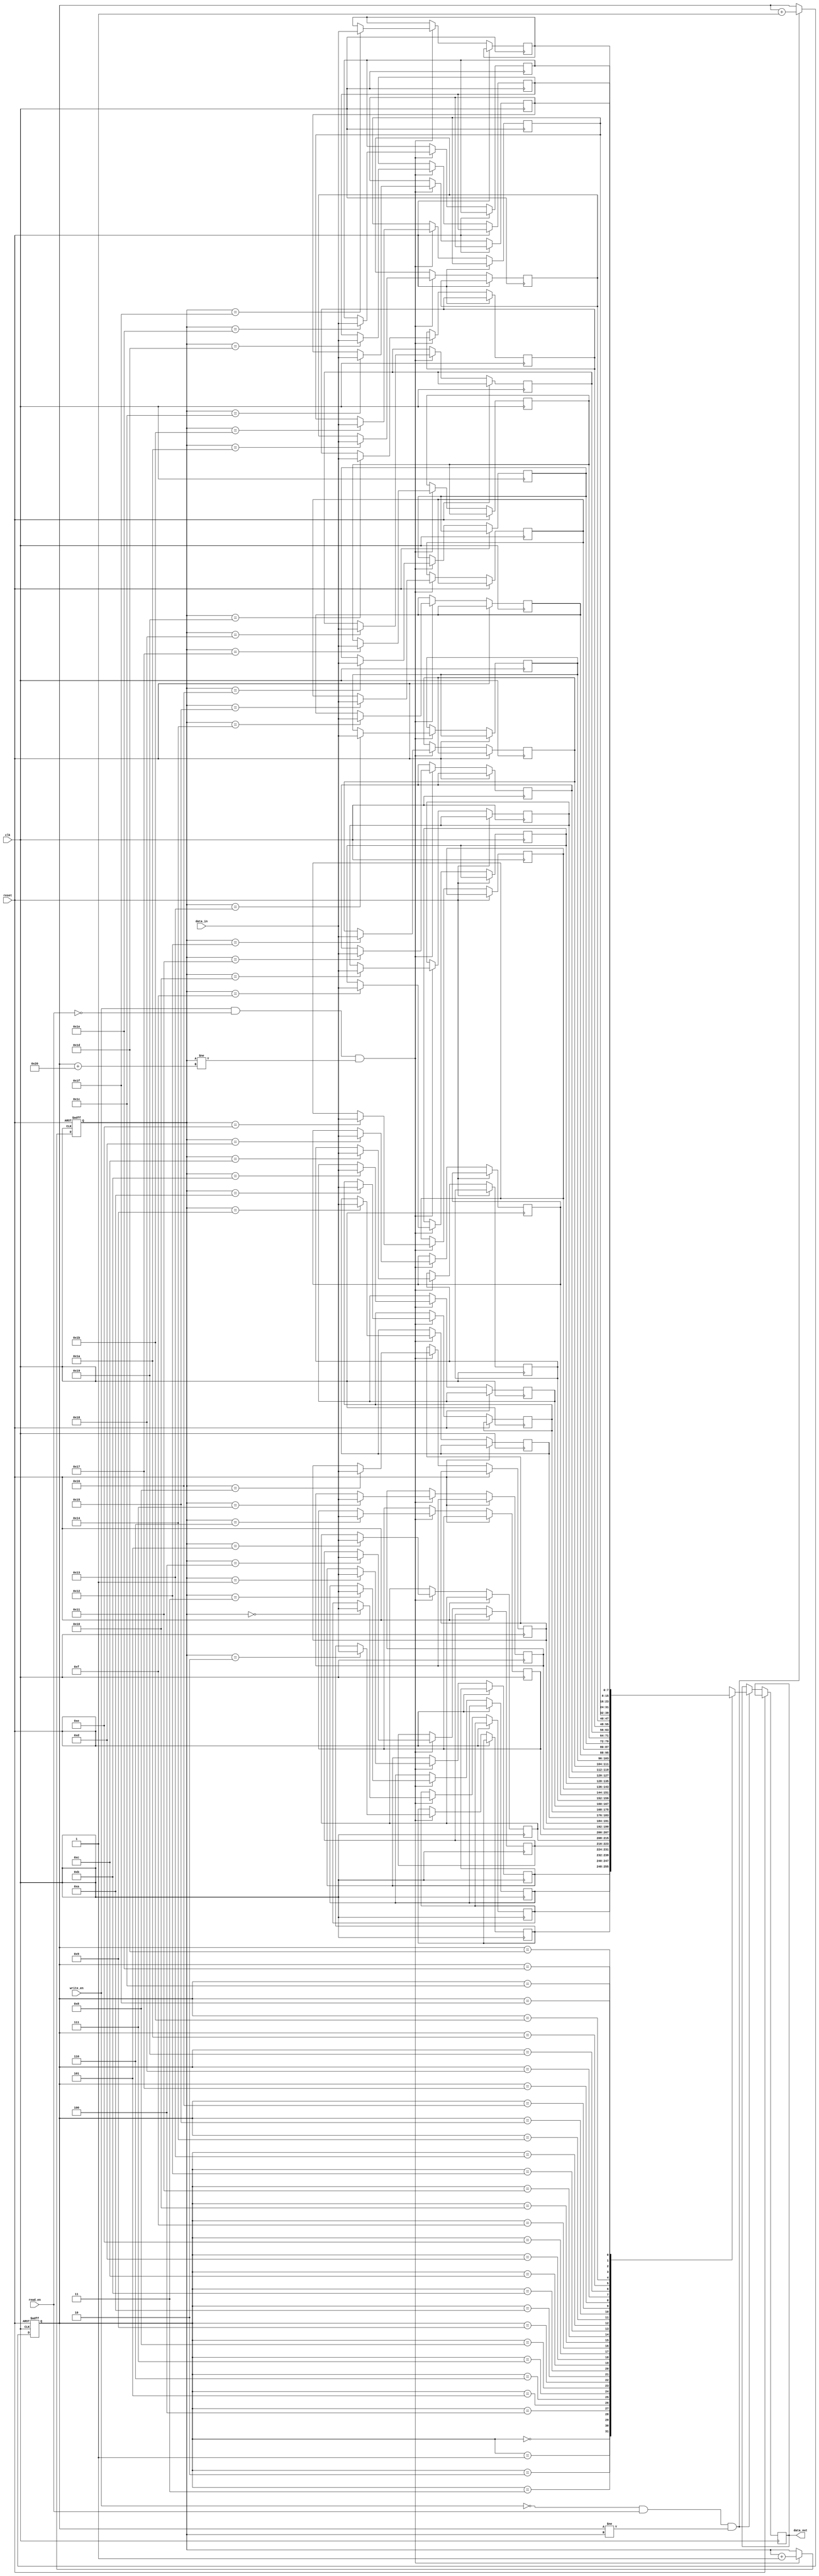
module fifo_buffer
(
    input wire clk,
    input wire reset,
    input wire write_en,      // write enable
    input wire read_en,       // read enable
    input wire [DATA_WIDTH-1:0] data_in,    // input data
    output reg [DATA_WIDTH-1:0] data_out    // output data
);

parameter ADDR_WIDTH = 5;    // address width
parameter DATA_WIDTH = 8;    // data width
parameter DEPTH = 32;        // depth of FIFO buffer

reg [DATA_WIDTH-1:0] memory [0:DEPTH-1]; // memory array
reg [ADDR_WIDTH-1:0] write_ptr; // write pointer
reg [ADDR_WIDTH-1:0] read_ptr;  // read pointer

always @(posedge clk or posedge reset)
begin
    if (reset)
    begin
        write_ptr <= 0;
        read_ptr <= 0;
    end
    else
    begin
        if (write_en && !read_en && (write_ptr != read_ptr + DEPTH))
        begin
            memory[write_ptr] <= data_in;
            write_ptr <= write_ptr + 1;
        end
        
        if (!write_en && read_en && (read_ptr != write_ptr))
        begin
            data_out <= memory[read_ptr];
            read_ptr <= read_ptr + 1;
        end
    end
end

endmodule